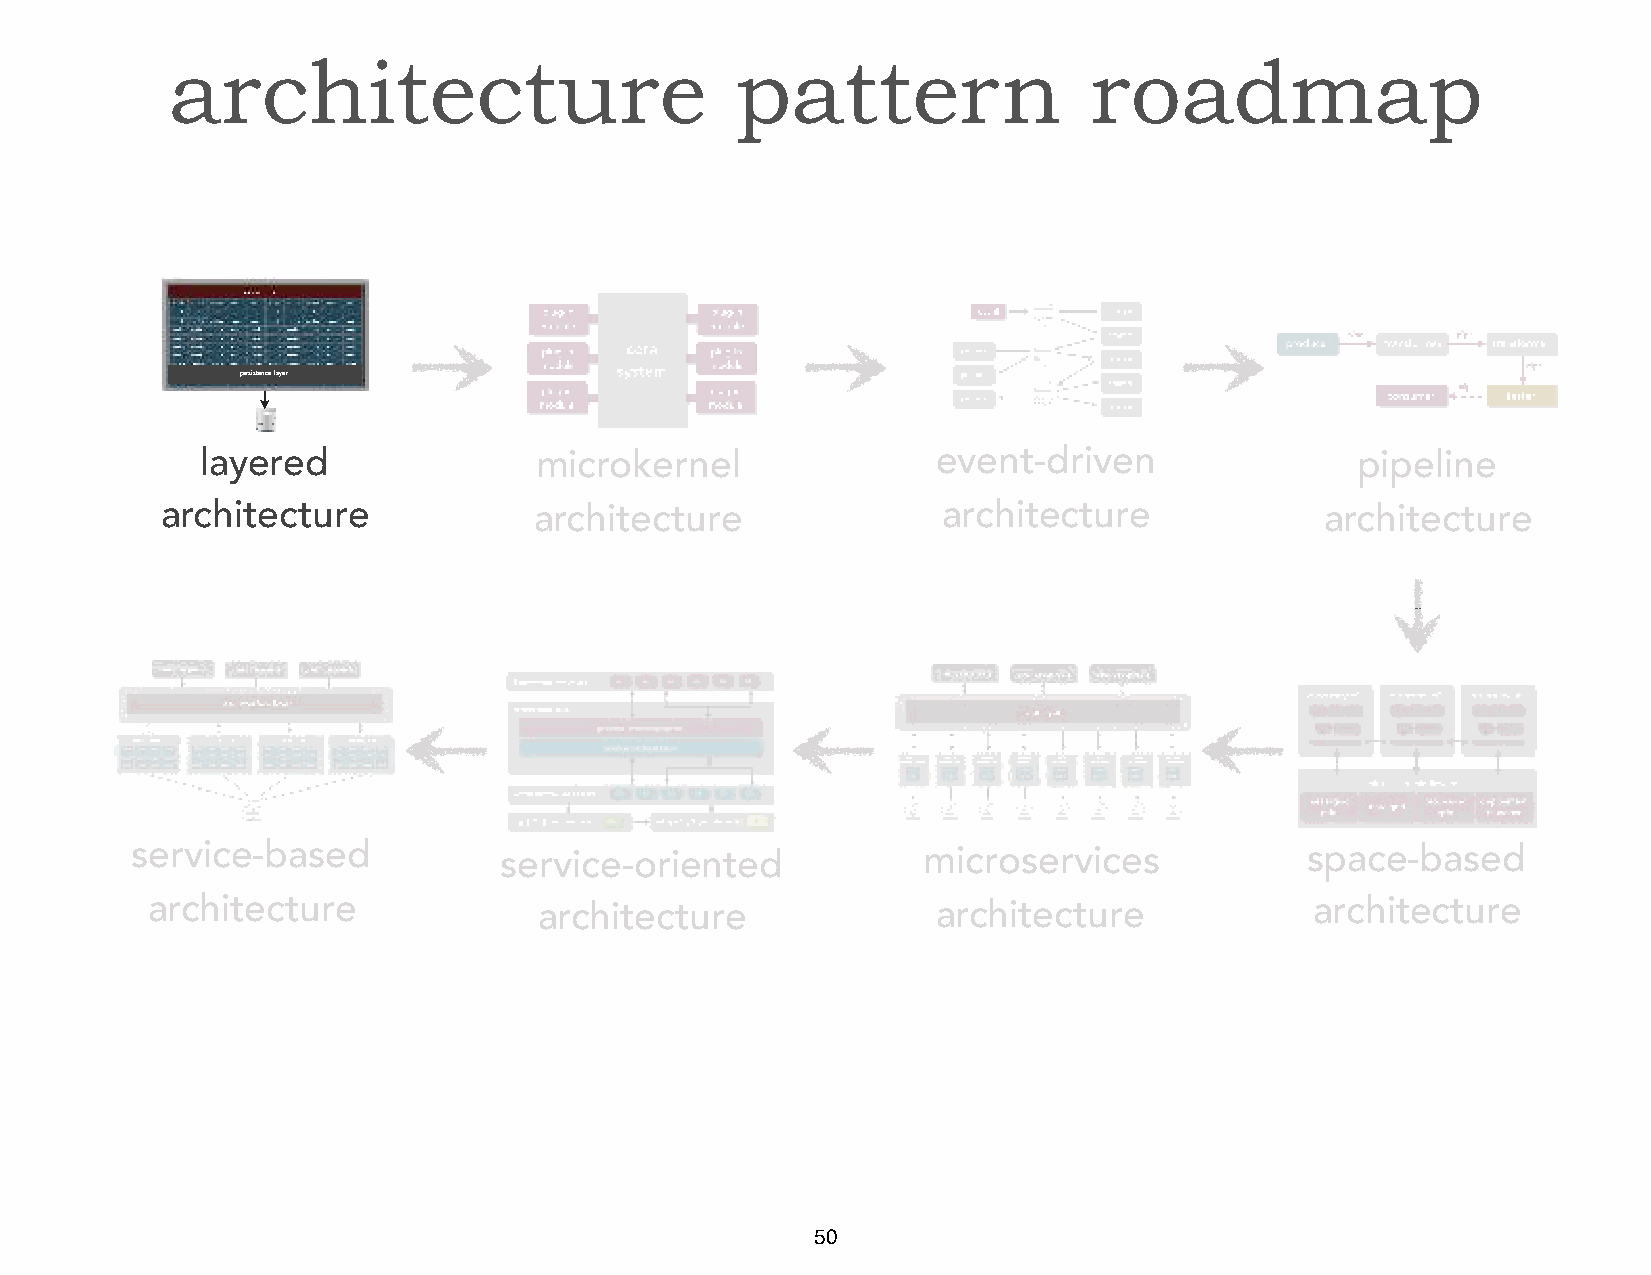
architecture                          pattern                roadmap
 persistence layer
 layered               microkernel                event-driven                pipeline
 architecture            architecture               architecture              architecture
 service-based           service-oriented            microservices            space-based
 architecture              architecture              architecture             architecture
 50